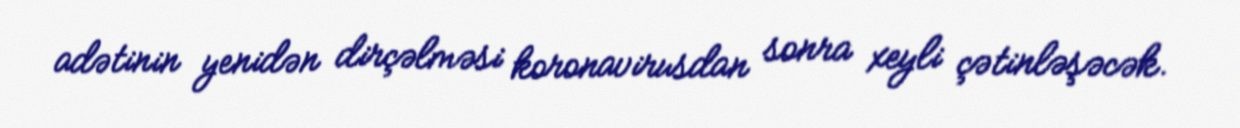
adətinin yenidən dirçəlməsi koronavirusdan sonra xeyli çətinləşəcək.